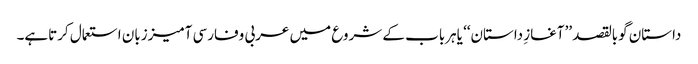
داستان گوبالقصد ’’آغازِ داستان‘‘ یاہرباب کے شروع میں عربی وفارسی آمیززبان استعمال کرتاہے۔